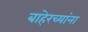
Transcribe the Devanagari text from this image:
बाहेरच्यांना